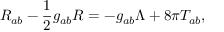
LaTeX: R _ { a b } - \frac 1 2 g _ { a b } R = - g _ { a b } \Lambda + 8 \pi T _ { a b } ,